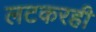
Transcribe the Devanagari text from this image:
लटकरही